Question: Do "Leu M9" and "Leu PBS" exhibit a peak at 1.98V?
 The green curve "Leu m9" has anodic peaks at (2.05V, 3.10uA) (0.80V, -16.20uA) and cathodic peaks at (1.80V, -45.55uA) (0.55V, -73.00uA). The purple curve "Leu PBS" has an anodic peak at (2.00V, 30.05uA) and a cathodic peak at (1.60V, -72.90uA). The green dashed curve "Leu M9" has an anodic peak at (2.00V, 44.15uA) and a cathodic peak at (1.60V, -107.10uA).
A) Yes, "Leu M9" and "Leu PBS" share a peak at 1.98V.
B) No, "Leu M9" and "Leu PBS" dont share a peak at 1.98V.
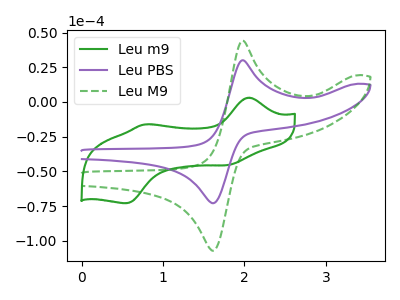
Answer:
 <answer>A) Yes, "Leu M9" and "Leu PBS" share a peak at 1.98V.</answer>
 <eval>A</eval>